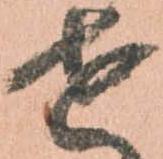
せ